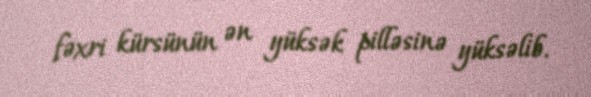
fəxri kürsünün ən yüksək pilləsinə yüksəlib.